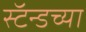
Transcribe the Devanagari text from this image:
स्टॅन्डच्या